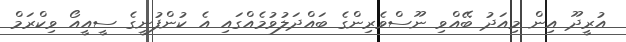
އުރީދޫ އިން މިއަދު ބޭއްވި ނޫސްވެރިންގެ ބައްދަލުވުމެއްގައި އެ ކުންފުނީގެ ސީއީއޯ ވިކްރަމް